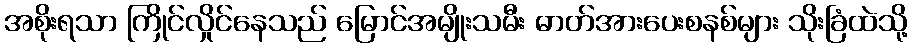
အစိုးရသာ ကြိုင်လှိုင်နေသည် မြောင်အမျိုးသမီး ဓာတ်အားပေးစနစ်များ သိုးခြံထဲသို့